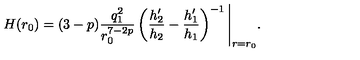
H ( r _ { 0 } ) = ( 3 - p ) \frac { q _ { 1 } ^ { 2 } } { r _ { 0 } ^ { 7 - 2 p } } \left( \frac { h _ { 2 } ^ { \prime } } { h _ { 2 } } - \frac { h _ { 1 } ^ { \prime } } { h _ { 1 } } \right) ^ { - 1 } \Bigg \vert _ { r = r _ { 0 } } .